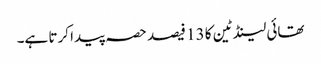
تھائی لینڈ ٹین کا 13 فیصد حصہ پیدا کرتا ہے۔